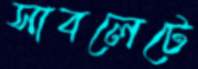
সাবলেটে